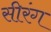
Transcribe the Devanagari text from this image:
सीरंग